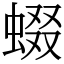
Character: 蝃